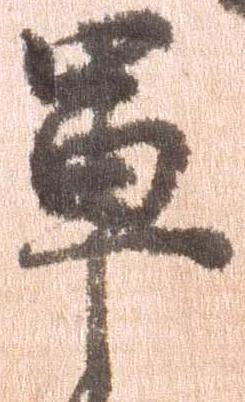
軍